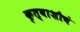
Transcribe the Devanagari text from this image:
कृत्वाशौचं